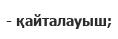
- қайталауыш;